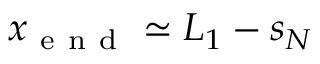
x _ { \mathrm { ~ e ~ n ~ d ~ } } \simeq L _ { 1 } - s _ { N }